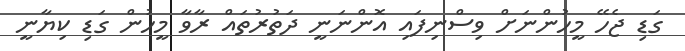
ގަޑި ޖެހޭ މީހުންނަށް ވިސްނިފައި އޮންނަނީ ދަތުރުތައް ރާވާ މީހުން ގަޑި ކިޔާނީ